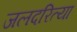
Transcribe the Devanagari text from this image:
जलदरित्या